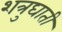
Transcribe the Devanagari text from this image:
शत्रुघाती